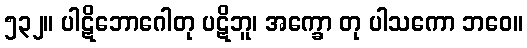
၅၃၂။ ပါဋိဘောဂေါတု ပဋိဘူ၊ အက္ခော တု ပါသကော ဘဝေ။